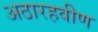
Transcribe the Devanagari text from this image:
अठारहवीण